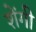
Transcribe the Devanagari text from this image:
शेंगी